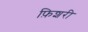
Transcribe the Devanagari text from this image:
फ़िशरी